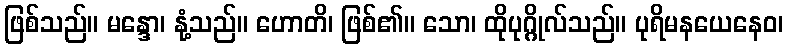
ဖြစ်သည်။ မန္ဒော၊ နုံ့သည်။ ဟောတိ၊ ဖြစ်၏။ သော၊ ထိုပုဂ္ဂိုလ်သည်။ ပုရိမနယေနေဝ၊